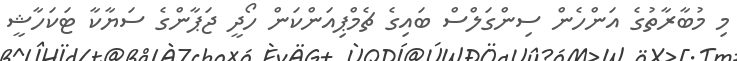
މި މުބާރާތުގެ އަންހެން ސިންގަލްސް ބައިގެ ޗެމްޕިއަންކަން ހޯދީ ޖަޕާންގެ ސަޔާކާ ޓަކަހާޝީ